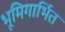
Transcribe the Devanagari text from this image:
भूमिगार्भित